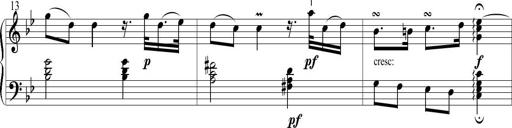
Title: 6 Leichte Sonatinen, Teil 1
Composer: F. Sigismund Sander